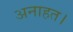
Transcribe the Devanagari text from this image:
अनाहत।